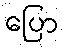
ပြော